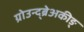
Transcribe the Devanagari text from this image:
ग्रोउन्द्ब्रेअकीङ्